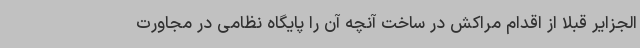
الجزایر قبلا از اقدام مراکش در ساخت آنچه آن را پایگاه نظامی در مجاورت